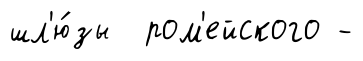
шл'ю́зы ром'ейского -